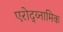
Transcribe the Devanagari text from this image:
एरोद्य्नामिक